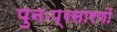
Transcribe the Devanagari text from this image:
पुनःप्रसारणों